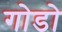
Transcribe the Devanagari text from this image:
गोडो